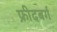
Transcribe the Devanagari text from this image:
फ्रीदबर्ग